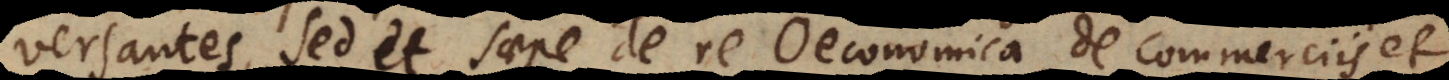
versantes, sed et saepe de re Oeconomica, de commerciis et